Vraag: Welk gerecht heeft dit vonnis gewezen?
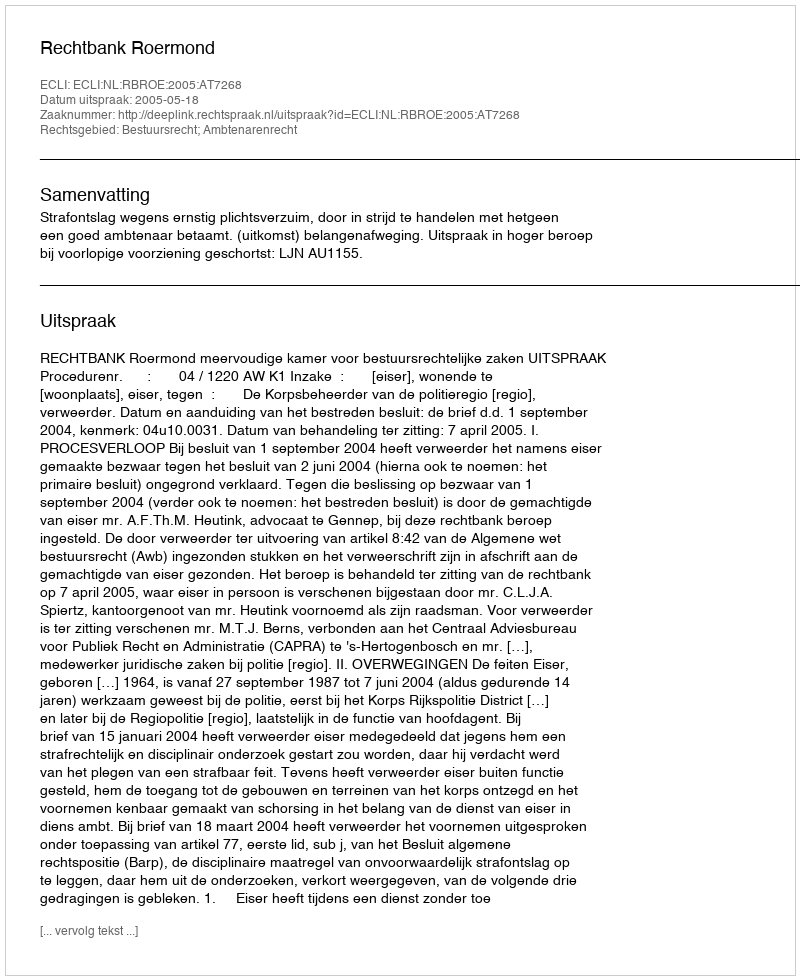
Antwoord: Rechtbank Roermond